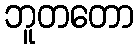
ဘူတတော